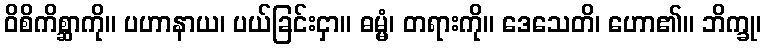
ဝိစိကိစ္ဆာကို။ ပဟာနာယ၊ ပယ်ခြင်းငှာ။ ဓမ္မံ၊ တရားကို။ ဒေသေတိ၊ ဟော၏။ ဘိက္ခု၊